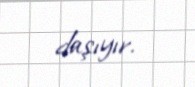
daşıyır.